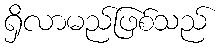
ရှိလာမည်ဖြစ်သည်